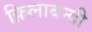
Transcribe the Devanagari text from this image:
क़िलाबन्दी